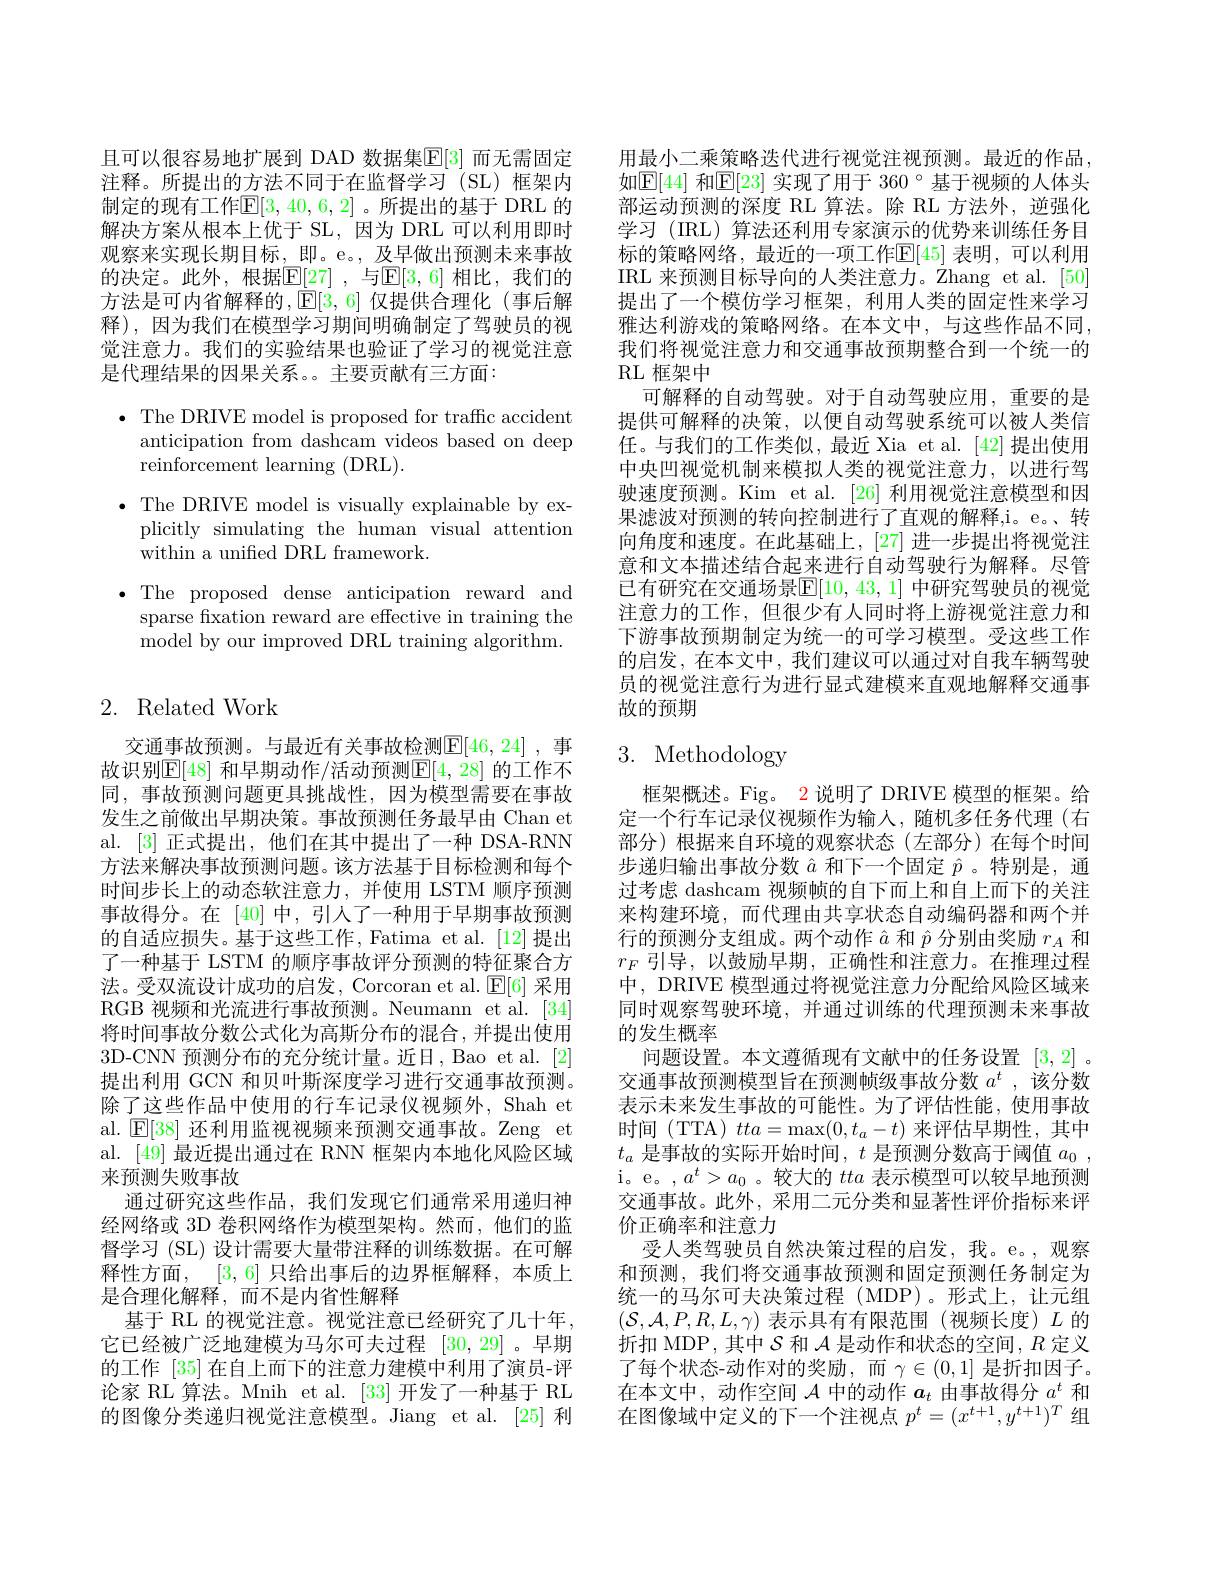
且可以很容易地扩展到 DAD 数据集$\mathbb{E}[3]$ 而无需固定注释。所提出的方法不同于在监督学习(SL)框架内制定的现有工作$\mathbb{E}[3,40,6,2]$。所提出的基于 DRL 的解决方案从根本上优于 SL,因为 DRL 可以利用即时观察来实现长期目标，即。e。, 及早做出预测未来事故的决定。此外，根据$\mathbb{E}[27]$ ,与$\mathbb{E}[3,6]$ 相比，我们的方法是可内省解释的，E[3,6] 仅提供合理化(事后解释),因为我们在模型学习期间明确制定了驾驶员的视觉注意力。我们的实验结果也验证了学习的视觉注意是代理结果的因果关系。主要贡献有三方面：

$\bullet$ The DRIVE model is proposed for traffc accident
anticipation from dashcam videos based on deep
reinforcement learning (DRL).
$\bullet$The DRIVE model is visually explainable by ex-
plicitly simulating the human visual attention
within a unifed DRL framework.
$\bullet$ The proposed dense anticipation reward and
sparse fxation reward are effective in training the model by our improved DRL training algorithm.

## 2. Related Work

交通事故预测。与最近有关事故检测[46,24] ,事故识别$\mathbb{E}[48]$ 和早期动作/活动预测$\mathbb{E}[4,28]$ 的工作不同，事故预测问题更具挑战性，因为模型需要在事故发生之前做出早期决策。事故预测任务最早由 Chan et al. [3] 正式提出，他们在其中提出了一种 DSA-RNN 方法来解决事故预测问题。该方法基于目标检测和每个时间步长上的动态软注意力，并使用 LSTM 顺序预测事故得分。在[40]中，引人了一种用于早期事故预测的自适应损失。基于这些工作，Fatima et al. [12] 提出了一种基于 LSTM 的顺序事故评分预测的特征聚合方法。受双流设计成功的启发，Corcoran et al. $\operatorname{E}[6]$采用RGB 视频和光流进行事故预测。Neumann et al.[34] 将时间事故分数公式化为高斯分布的混合，并提出使用3D-CNN 预测分布的充分统计量。近日，Bao et al. [2] 提出利用 GCN 和贝叶斯深度学习进行交通事故预测。除了这些作品中使用的行车记录仪视频外，Shah et al. $\mathbb{E}[38]$还利用监视视频来预测交通事故。Zeng et al. [49]最近提出通过在 RNN 框架内本地化风险区域来预测失败事故
通过研究这些作品，我们发现它们通常采用递归神经网络或 3D 卷积网络作为模型架构。然而，他们的监督学习 (SL) 设计需要大量带注释的训练数据。在可解释性方面，[3,6]只给出事后的边界框解释，本质上是合理化解释，而不是内省性解释
基于 RL 的视觉注意。视觉注意已经研究了几十年， 它已经被广泛地建模为马尔可夫过程 [30,29]。早期的工作 [35]在自上而下的注意力建模中利用了演员-评论家 RL 算法。Mnih et al. [33] 开发了一种基于 RL 的图像分类递归视觉注意模型。Jiang et al.[25] 利

用最小二乘策略迭代进行视觉注视预测。最近的作品， 如$\mathbb{E}[44]$ 和$\mathbb{E}[23]$ 实现了用于 360°基于视频的人体头部运动预测的深度 RL 算法。除 RL 方法外，逆强化学习 (IRL) 算法还利用专家演示的优势来训练任务目标的策略网络，最近的一项工作$\mathbb{E}[45]$ 表明，可以利用IRL 来预测目标导向的人类注意力。Zhang et al.[50] 提出了一个模仿学习框架，利用人类的固定性来学习雅达利游戏的策略网络。在本文中，与这些作品不同， 我们将视觉注意力和交通事故预期整合到一个统一的RL 框架中
可解释的自动驾驶。对于自动驾驶应用，重要的是提供可解释的决策，以便自动驾驶系统可以被人类信任。与我们的工作类似，最近 Xia et al.[42]提出使用中央凹视觉机制来模拟人类的视觉注意力，以进行驾驶速度预测。Kim et al. [26] 利用视觉注意模型和因果滤波对预测的转向控制进行了直观的解释，i。e。、转向角度和速度。在此基础上，[27] 进一步提出将视觉注意和文本描述结合起来进行自动驾驶行为解释。尽管已有研究在交通场景$\mathbb{E}[10,43,1]$ 中研究驾驶员的视觉注意力的工作，但很少有人同时将上游视觉注意力和下游事故预期制定为统一的可学习模型。受这些工作的启发，在本文中，我们建议可以通过对自我车辆驾驶员的视觉注意行为进行显式建模来直观地解释交通事故的预期

# 3. Methodology

框架概述。Fig。2 说明了 DRIVE 模型的框架。给定一个行车记录仪视频作为输入，随机多任务代理(右部分)根据来自环境的观察状态(左部分)在每个时间步递归输出事故分数$\hat{a}$和下一个固定$\hat{p}$ 。特别是，通过考虑 dashcam 视频帧的自下而上和自上而下的关注来构建环境，而代理由共享状态自动编码器和两个并行的预测分支组成。两个动作$\hat{a}$和$\hat{p}$分别由奖励$r_A$和$r_F$引导，以鼓励早期，正确性和注意力。在推理过程中，DRIVE 模型通过将视觉注意力分配给风险区域来同时观察驾驶环境，并通过训练的代理预测未来事故的发生概率
问题设置。本文遵循现有文献中的任务设置[3,2] 。交通事故预测模型旨在预测帧级事故分数$a^t$ ,该分数表示未来发生事故的可能性。为了评估性能，使用事故时间 (TTA) $tta=\max(0,t_a-t)$来评估早期性，其中$t_a$是事故的实际开始时间，$t$是预测分数高于阈值$a_0$, i。e。,$a^t>a_0$ 。较大的tta表示模型可以较早地预测交通事故。此外，采用二元分类和显著性评价指标来评价正确率和注意力
受人类驾驶员自然决策过程的启发，我。e。,观察和预测，我们将交通事故预测和固定预测任务制定为统一的马尔可夫决策过程(MDP)。形式上，让元组$(\mathcal{S},\mathcal{A},P,R,L,\gamma)$表示具有有限范围(视频长度)$L$的折扣 MDP,其中$\mathcal{S}$和$\mathcal{A}$是动作和状态的空间，$R$定义了每个状态-动作对的奖励，而$\gamma\in(0,1]$ 是折扣因子。在本文中，动作空间$\mathcal{A}$中的动作$a_t$由事故得分$a^t$和在图像域中定义的下一个注视点$p^t=(x^{t+1},y^{t+1})^T$组